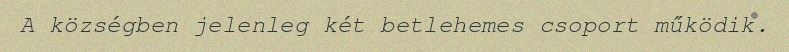
A községben jelenleg két betlehemes csoport működik.